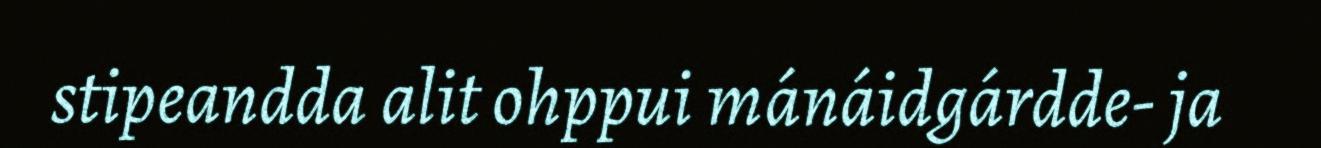
stipeandda alit ohppui mánáidgárdde- ja